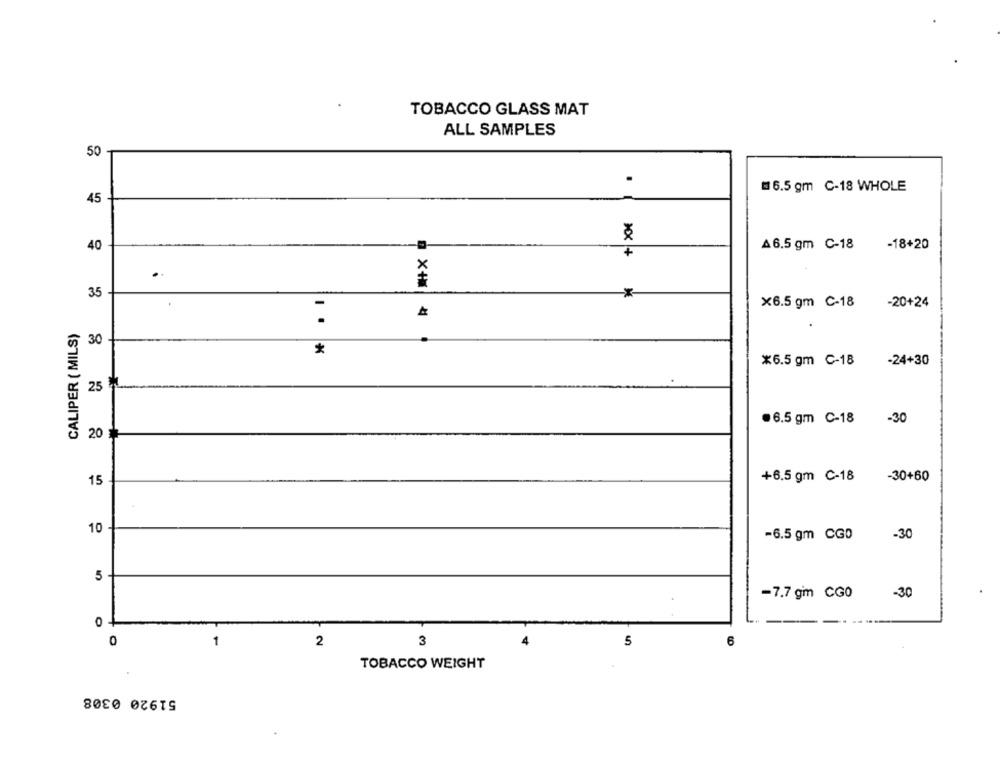
TOBACCO GLASS MAT
ALL SAMPLES
50
.
6.5 gm C-18 WHOLE
45
40
A 6.5 gm C-18
-18+20
XXX +
.
35
D X+M
-*
.
x6.5 gm C-18 -20+24
CALIPER ( MILS)
30
*
*6.5 gm C-18
-24+30
25
.6.5 gm C-18
-30
20
+6.5 gm C-18
-30+60
15
10
-6.5 gm CGD
-30
5
.30
-7.7 gm CG0
2
3
5
6
TOBACCO WEIGHT
51920 0308